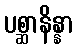
ပစ္ဆာနိန္နာ